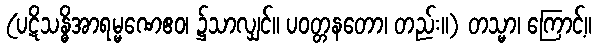
(ပဋိသန္ဓိအာရမ္မဏေဧဝ၊ ၌သာလျှင်။ ပဝတ္တနတော၊ တည်း။) တသ္မာ၊ ကြောင့်။